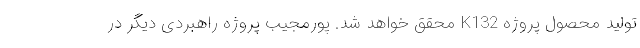
تولید محصول پروژه K132 محقق خواهد شد. پورمجیب پروژه راهبردی دیگر در